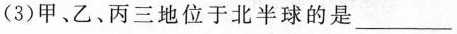
(3)甲、乙、丙三地位于北半球的是___